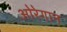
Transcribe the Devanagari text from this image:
ओरेगान